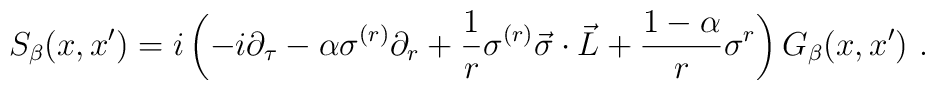
S_\beta(x,x')=i\left(-i\partial_\tau-\alpha\sigma^{(r)}\partial_r+ \frac 1 r\sigma^{(r)}\vec{\sigma}\cdot\vec L +\frac{1-\alpha}r\sigma^r\right)G_\beta(x,x')  \ .\